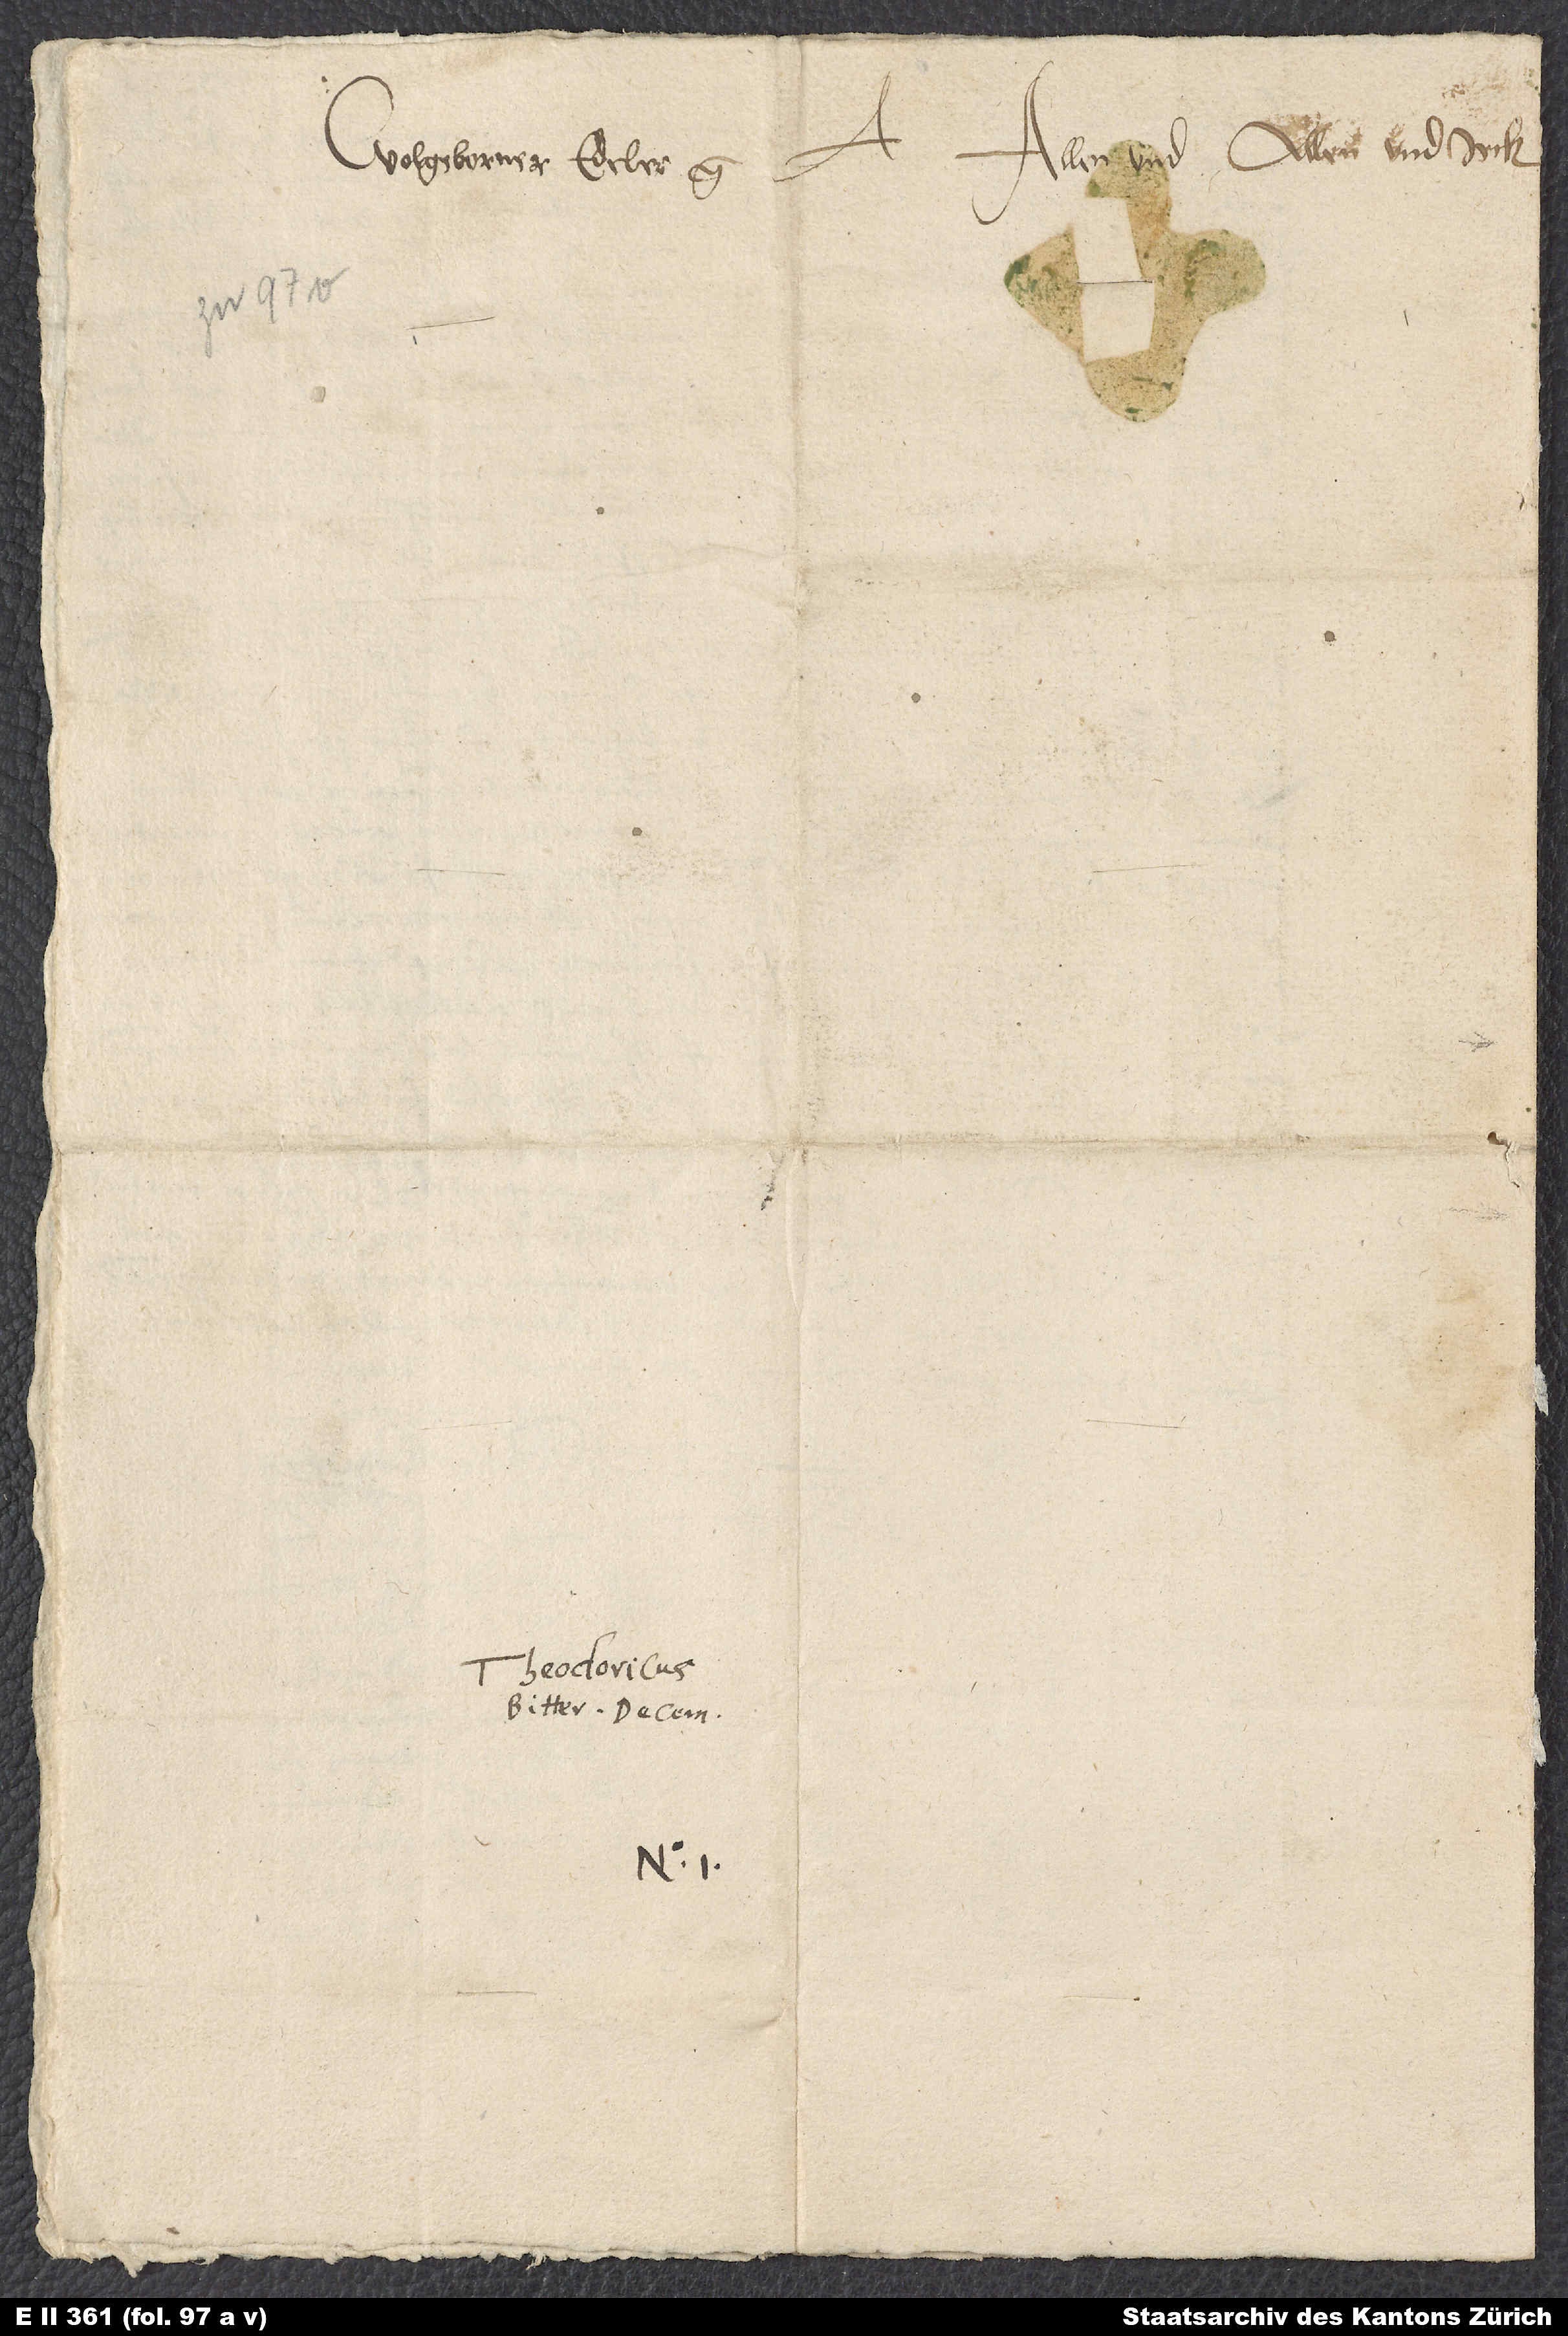
Theodericus